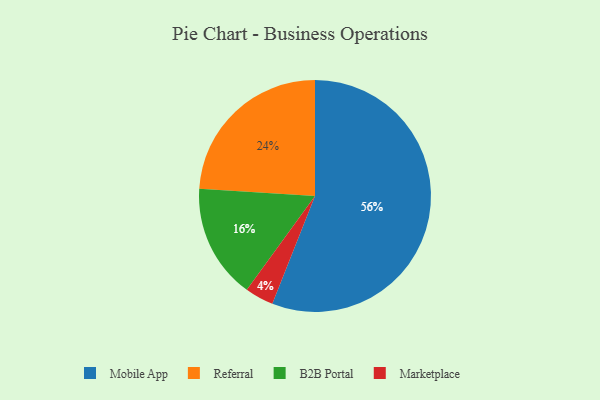
{"axis": {"x": "Category", "y": "Percentage"}, "legend": ["B2B Portal", "Marketplace", "Mobile App", "Referral"], "data": [{"x": "B2B Portal", "y": 16, "type": "B2B Portal"}, {"x": "Mobile App", "y": 56, "type": "Mobile App"}, {"x": "Marketplace", "y": 4, "type": "Marketplace"}, {"x": "Referral", "y": 24, "type": "Referral"}]}